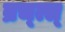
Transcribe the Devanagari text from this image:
ब्रच्त्स्